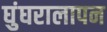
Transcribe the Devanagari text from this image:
घुंघरालापन